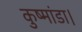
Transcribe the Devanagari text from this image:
कुष्मांडा।